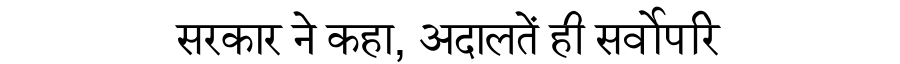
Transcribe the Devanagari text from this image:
सरकार ने कहा, अदालतें ही सर्वोपरि